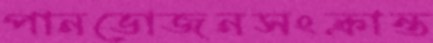
পানভোজনসংক্রান্ত